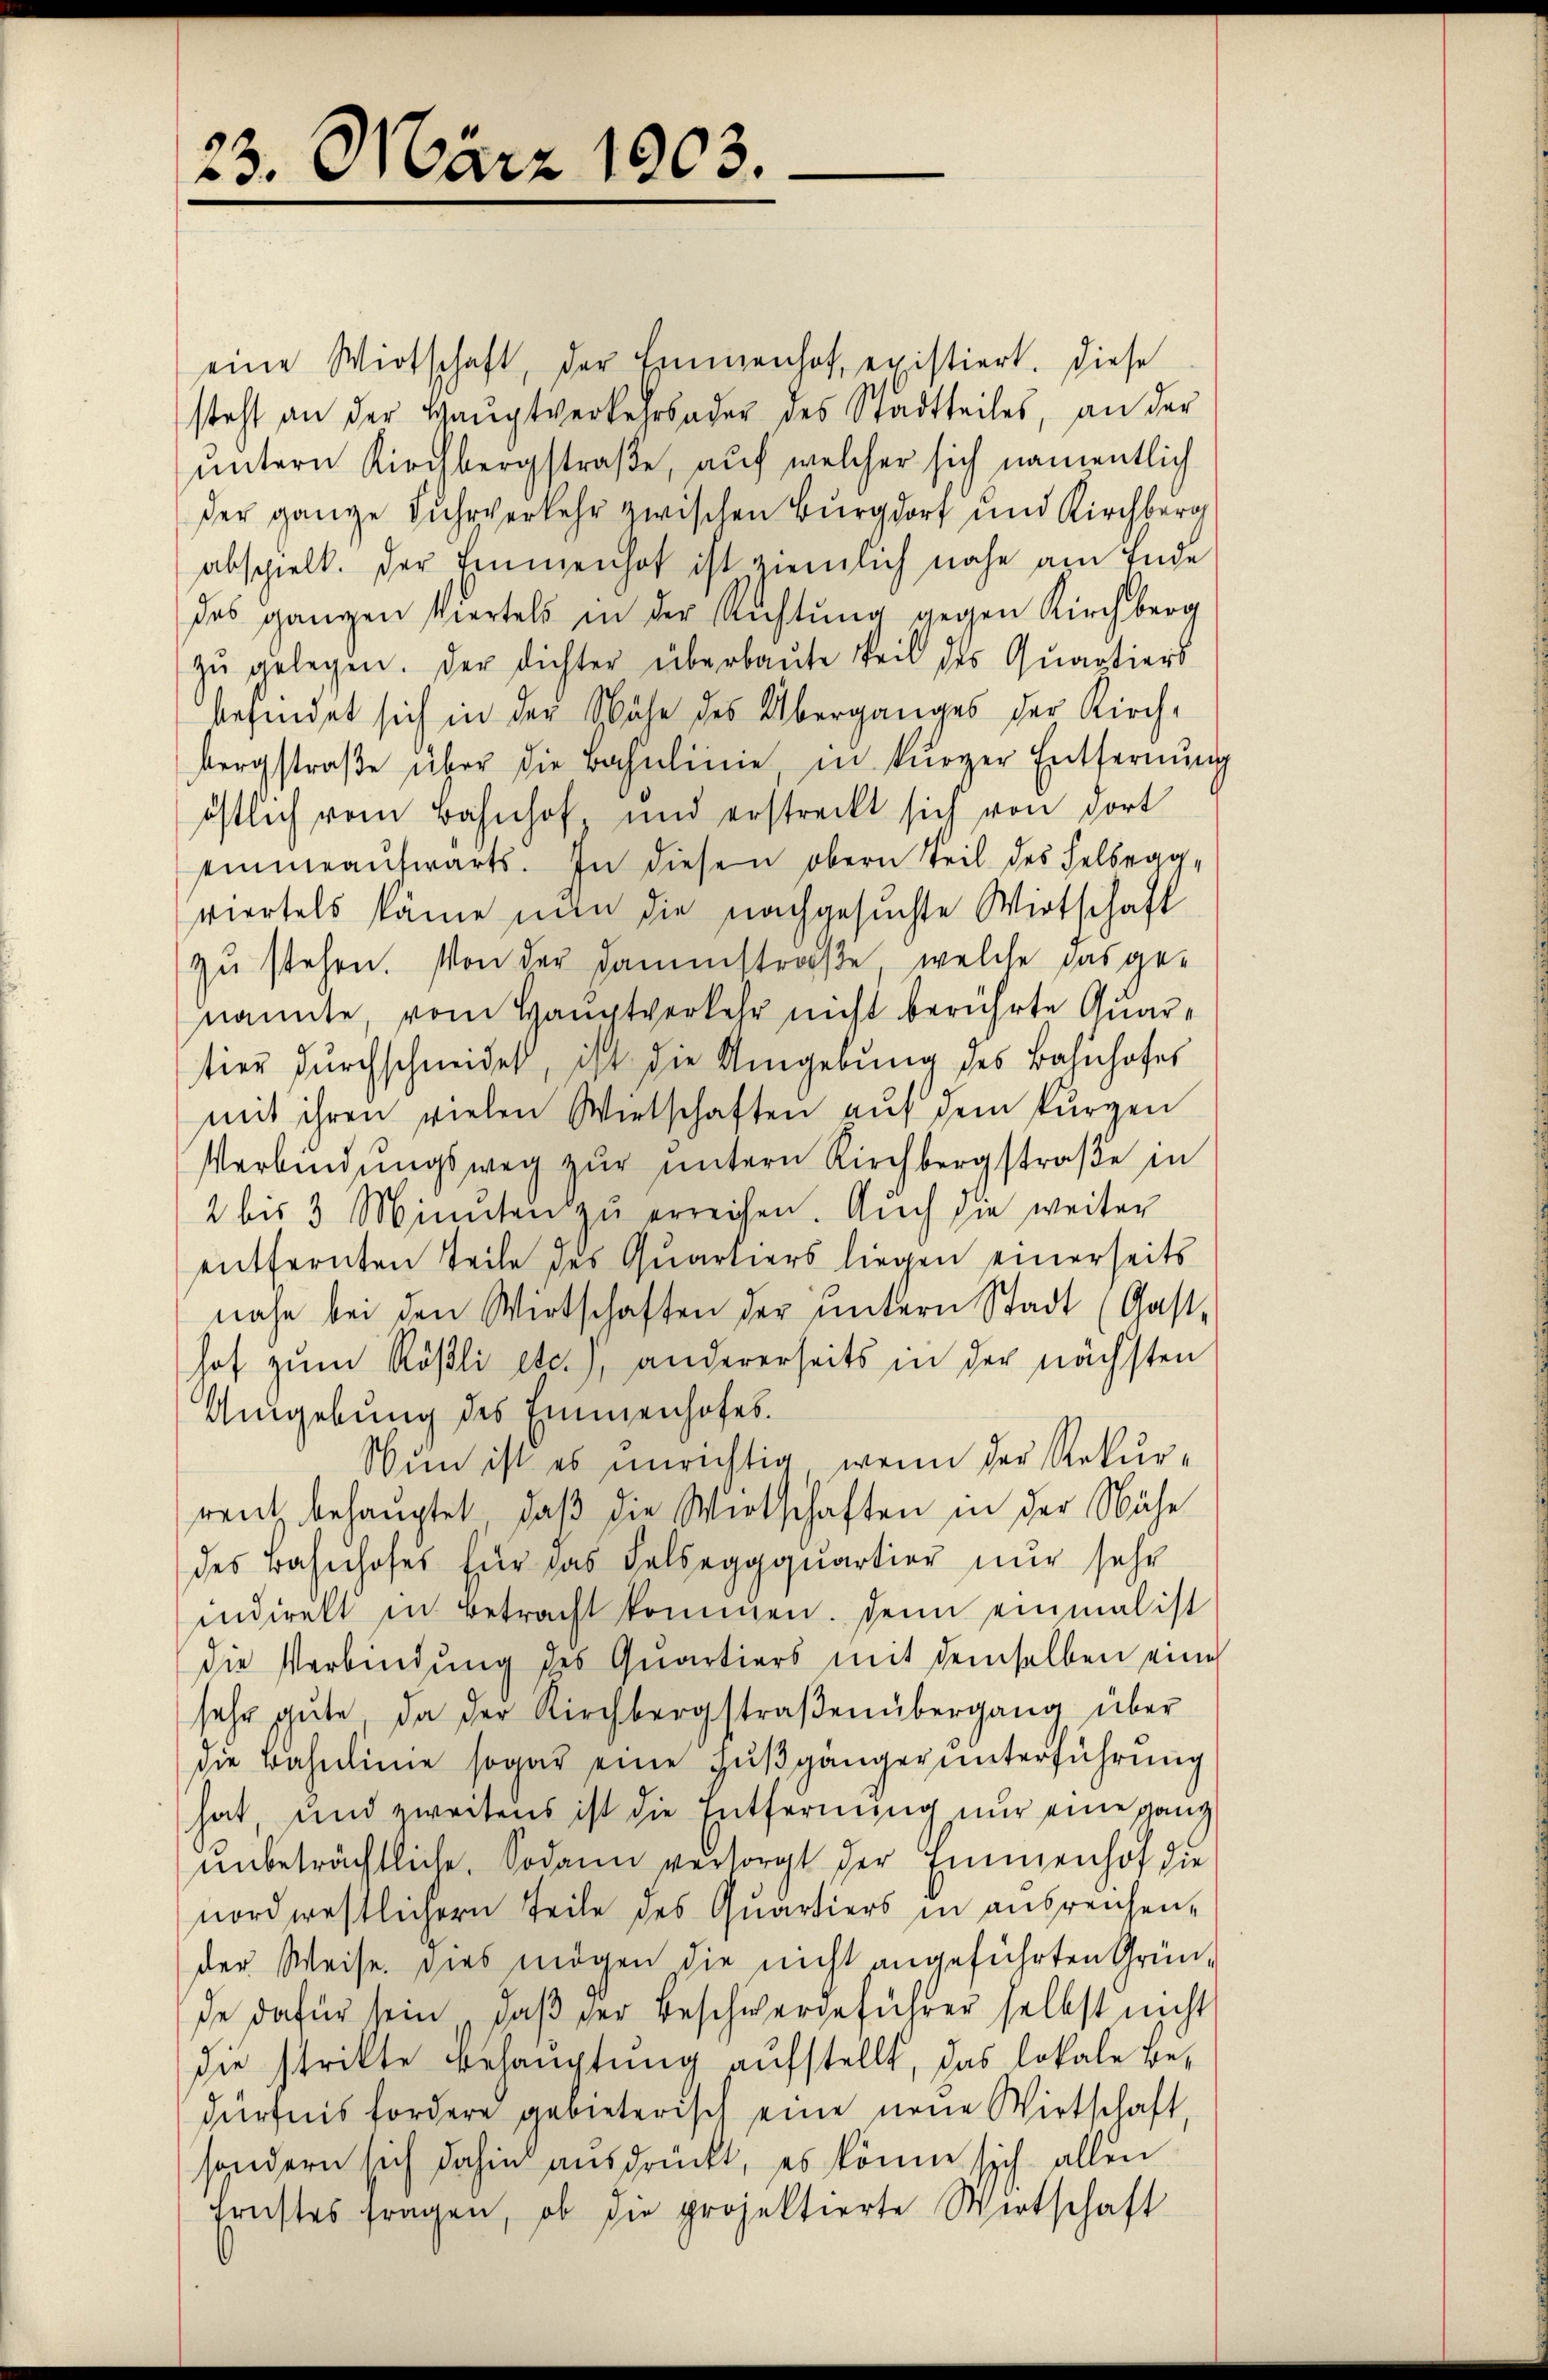
23. März 1903.

eine Wirtschaft, der Emmenhof, existiert. Diese
steht an der Hauptverkehrsader des Stadtteiles, an der
untern Kirchbergstraße, auf welcher sich namentlich
der ganze Fuhrverkehr zwischen Burgdorf und Kirchberg
abspielt. Der Emmenhof ist ziemlich nahe am Ende
des ganzen Viertels in der Richtung gegen Kirchberg
zŭ gelegen. Der dichter überbaŭte Teil des Quartiers
befindet sich in der Nähe des Überganges der Kirch,
bergstraβe über die Bahnlinie, in kürzer Entfernŭng
östlich vom Bahnhof, und erstreckt sich von dort
einmeaŭswärts. In diesen obern Teil des Felsegg-
viertels käme nun die nachgesuchte Wirtschaft
zŭ stehen. Von der Damenstraße, welche das ge-
nannte, vom Hauptverkehr nicht berührte Quartier dŭrchschneidet, ist die Umgebung des Bahnhofes
mit ihren vielen Wirtschaften aŭf dem kurzen
Verbindungsweg zŭr ŭntern Kirchbergstraβe in
2 bis 3 Minuten zŭ erreichen. Auch die weiter
entfernten Teile des Quartiers liegen einerseits
nahe bei den Wirtschaften der ŭntern Stadt (Gast-
hof zum Rößli etc.), andererseits in der nächsten
Umgebung des Emmenhofes.
Nun ist es unrichtig, wenn der Rekurrent behauptet, daß die Wirtschaften in der Nähe
des Bahnhofes für das Felseggquartier nur sehr
indirekt in Betracht kommen. Denn einmal ist
die Verbindung des Quartiers mit demselben eine
sehr gute da der Kirchbergstraβenübergang über
die Bahnlinie sogar eine Fußgänger unterführung
hat, und zweitens ist die Entfernung nur eine ganz
unbeträchtliche. Sodann versorgt der Emmenhof die
nordwestlichern Teile des Quartiers in ausreichen,
der Weise. Dies mögen die nicht angeführten Gründe dafür sein, daß der Beschwergeführer selbst nicht
die strikte Behauptung aufstellt, das lokale Be-
dürfnis fordere gebieterisch eine neue Wirtschaft,
sondern sich dahin ausdrückt, es könne sich allen
fristes fragen, ob die projektierte Wirtschaft